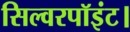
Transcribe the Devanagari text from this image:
सिल्वरपॉइंट।